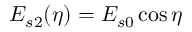
E _ { s 2 } ( \eta ) = E _ { s 0 } \cos \eta